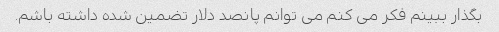
بگذار ببینم فکر می کنم می توانم پانصد دلار تضمین شده داشته باشم.